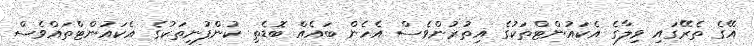
އޭގެ ތެރޭގައި ވިލާގެ އެކައުންޓްތަކުގެ އިތުރުންވެސް އެހެން ބައެއް ބޮޑެތި ކުންފުނިތަކުގެ އެކައުންޓްތައްވެސް